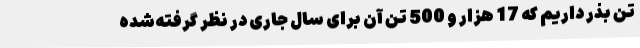
تن بذر داریم که 17 هزار و 500 تن آن برای سال جاری در نظر گرفته‌شده